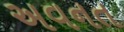
અવનત